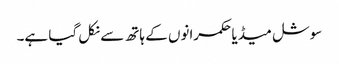
سوشل میڈیا حکمرانوں کے ہاتھ سے نکل گیا ہے۔